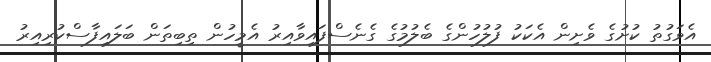
އެވަގުތު ކުށުގެ ވެށިން އެކަކު ފުލުހުންގެ ބެލުމުގެ ގެނެސްފައިވާއިރު އެމީހުން ތިބިތަން ބަލައިފާސްކުރިއިރު